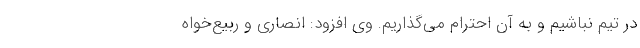
در تیم نباشیم و به آن احترام می‌گذاریم. وی افزود: انصاری و ربیع‌خواه